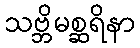
သဗ္ဘိမစ္ဆရိနာ